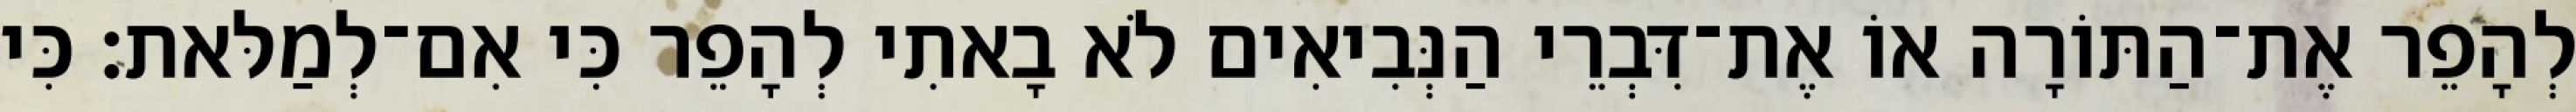
לְהָפֵר אֶת־הַתּוֹרָה אוֹ אֶת־דִּבְרֵי הַנְּבִיאִים לֹא בָאתִי לְהָפֵר כִּי אִם־לְמַלּאת׃ כִּי